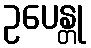
ဥပေန္တု